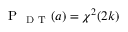
\mathrm { ~ P ~ } _ { \mathrm { ~ D ~ T ~ } } ( a ) = \chi ^ { 2 } ( 2 k )